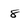
Character: 8